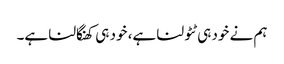
ہم نے خود ہی ٹٹولنا ہے، خود ہی کھنگالنا ہے۔